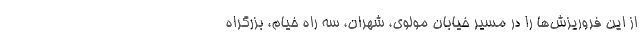
از این فروریزش‌ها را در مسیر خیابان مولوی، شهران، سه راه خیام، بزرگراه